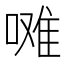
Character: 𭉼